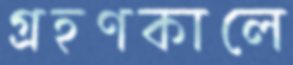
গ্রহণকালে